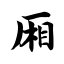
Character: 厢